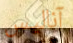
آناليس